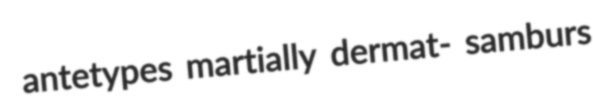
antetypes martially dermat- samburs